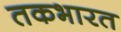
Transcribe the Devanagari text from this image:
तकभारत